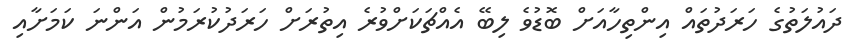
ދައުލަތުގެ ހަރަދުތައް އިންތިހާއަށް ބޮޑުވެ ލިބޭ އެއްޗަކަށްވުރެ އިތުރަށް ހަރަދުކުރަމުން އަންނަ ކަމަށާއި